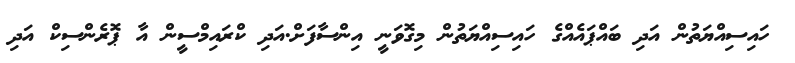
ހައިސިއްޔަތުން އަދި ބައްޕައެއްގެ ހައިސިއްޔަތުން މިގޮވަނީ އިންސާފަށް.އަދި ކްރައިމްސީން އާ ޕޮރެންސިކް އަދި